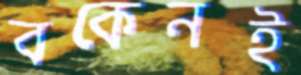
বকেনই